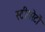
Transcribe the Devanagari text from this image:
स्टीयरेटों